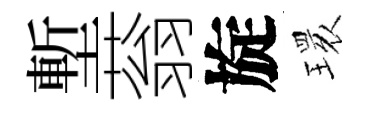
塹蓊旋𤨔